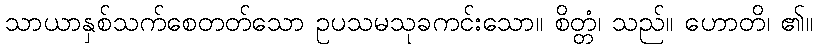
သာယာနှစ်သက်စေတတ်သော ဥပသမသုခကင်းသော။ စိတ္တံ၊ သည်။ ဟောတိ၊ ၏။